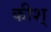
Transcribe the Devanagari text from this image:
कीश्